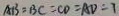
A B = B C = C D = A D = 7